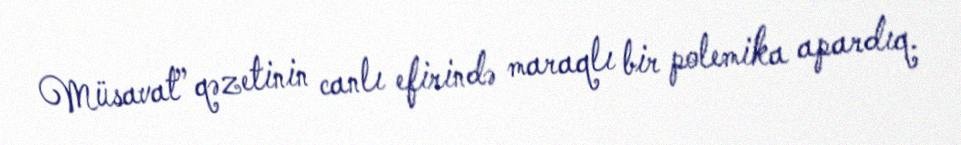
Müsavat” qəzetinin canlı efirində maraqlı bir polemika apardıq.